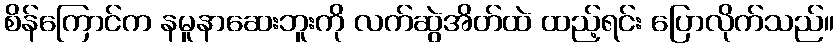
စိန်ကြောင်က နမူနာဆေးဘူးကို လက်ဆွဲအိတ်ထဲ ထည့်ရင်း ပြောလိုက်သည်။